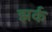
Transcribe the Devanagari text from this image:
झर्क